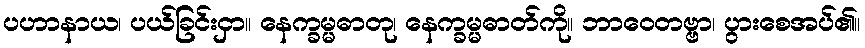
ပဟာနာယ၊ ပယ်ခြင်းငှာ။ နေက္ခမ္မဓာတု၊ နေက္ခမ္မဓာတ်ကို။ ဘာဝေတဗ္ဗာ၊ ပွားစေအပ်၏။